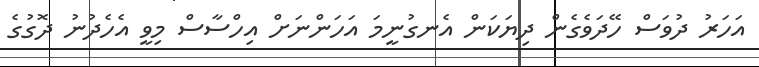
އަހަރު ދުވަސް ހޭދަވެގެން ދިޔަކަން އެނގުނީމަ އަހަންނަށް އިހްސާސް މިވީ އެހެދުނު ދޮގުގެ